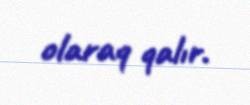
olaraq qalır.